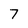
Character: 7